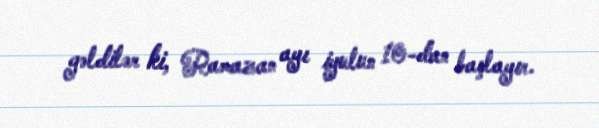
gəldilər ki, Ramazan ayı iyulun 10-dan başlayır.